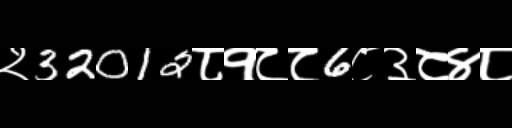
Text: २32012८१८८6८३८४८